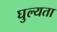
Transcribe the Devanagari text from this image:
घुल्यता